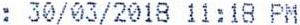
: 30/03/2018 11:18 PM